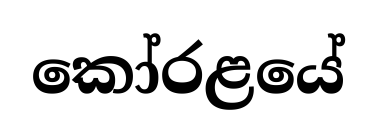
කෝරළයේ